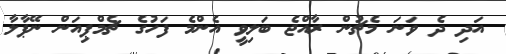
އަދި ދެ ވަނަ މެޗުން ރާއްޖެ ބަލިވީ އެންމެ ފަހުގެ ޗެމްޕިއަން ނޭޕާލާ